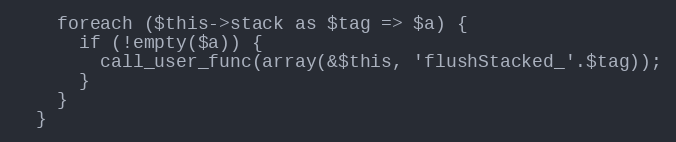
Language: PHP
    foreach ($this->stack as $tag => $a) {
      if (!empty($a)) {
        call_user_func(array(&$this, 'flushStacked_'.$tag));
      }
    }
  }